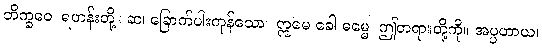
ဘိက္ခဝေ၊ ရဟန်းတို့။ ဆ၊ ခြောက်ပါးကုန်သော။ ဣမေ ခေါ ဓမ္မေ၊ ဤတရားတို့ကို။ အပ္ပဟာယ၊